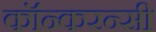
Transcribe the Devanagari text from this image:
कॉन्करन्सी